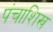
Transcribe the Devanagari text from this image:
पंचाशिख